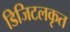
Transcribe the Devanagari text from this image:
डिजिटलकृत